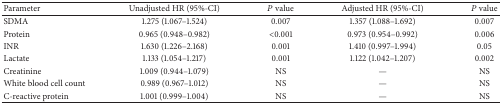
<table><thead><tr><td><b>Parameter</b></td><td><b>Unadjusted HR (95%-CI)</b></td><td><b><i>P</i> value</b></td><td><b>Adjusted HR (95%-CI)</b></td><td><b><i>P</i> value</b></td></tr></thead><tbody><tr><td>SDMA</td><td>1.275 (1.067–1.524)</td><td>0.007</td><td>1.357 (1.088–1.692)</td><td>0.007</td></tr><tr><td>Protein</td><td>0.965 (0.948–0.982)</td><td>&lt;0.001</td><td>0.973 (0.954–0.992)</td><td>0.006</td></tr><tr><td>INR</td><td>1.630 (1.226–2.168)</td><td>0.001</td><td>1.410 (0.997–1.994)</td><td>0.05</td></tr><tr><td>Lactate</td><td>1.133 (1.054–1.217)</td><td>0.001</td><td>1.122 (1.042–1.207)</td><td>0.002</td></tr><tr><td>Creatinine</td><td>1.009 (0.944–1.079)</td><td>NS</td><td>—</td><td>NS</td></tr><tr><td>White blood cell count</td><td>0.989 (0.967–1.012)</td><td>NS</td><td>—</td><td>NS</td></tr><tr><td>C-reactive protein</td><td>1.001 (0.999–1.004)</td><td>NS</td><td>—</td><td>NS</td></tr></tbody></table>